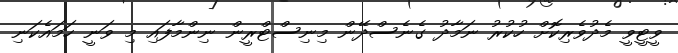
ވީޓީވީ މެދުވެރިކޮށް ހުކުރު ނަމާދު ގެނެސްދޭން މިނިސްޓްރީން ނިންމާފައި މި ވަނީ ހަމައެކަނި